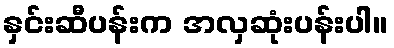
နှင်းဆီပန်းက အလှဆုံးပန်းပါ။